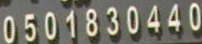
0501830440